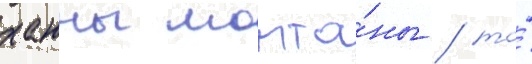
ханны монта́ны / то́